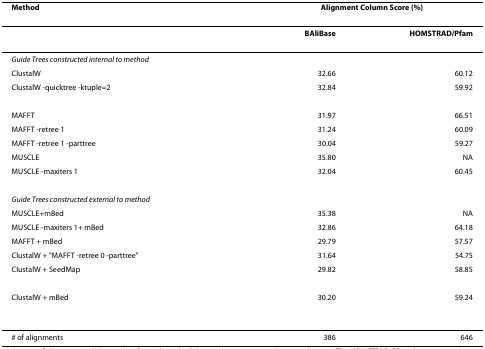
<table><thead><tr><td><b>Method</b></td><td colspan="2"><b>Alignment Column Score (%)</b></td></tr></thead><tbody><tr><td></td><td><b>BAliBase</b></td><td><b>HOMSTRAD/Pfam</b></td></tr><tr><td><i>Guide Trees constructed internal to method</i></td><td></td><td></td></tr><tr><td>ClustalW</td><td>32.66</td><td>60.12</td></tr><tr><td>ClustalW -quicktree -ktuple=2</td><td>32.84</td><td>59.92</td></tr><tr><td>MAFFT</td><td>31.97</td><td>66.51</td></tr><tr><td>MAFFT -retree 1</td><td>31.24</td><td>60.09</td></tr><tr><td>MAFFT -retree 1 -parttree</td><td>30.04</td><td>59.27</td></tr><tr><td>MUSCLE</td><td>35.80</td><td>NA</td></tr><tr><td>MUSCLE -maxiters 1</td><td>32.04</td><td>60.45</td></tr><tr><td><i>Guide Trees constructed external to method</i></td><td></td><td></td></tr><tr><td>MUSCLE+mBed</td><td>35.38</td><td>NA</td></tr><tr><td>MUSCLE -maxiters 1+ mBed</td><td>32.86</td><td>64.18</td></tr><tr><td>MAFFT + mBed</td><td>29.79</td><td>57.57</td></tr><tr><td>ClustalW + &quot;MAFFT -retree 0 -parttree&quot;</td><td>31.64</td><td>54.75</td></tr><tr><td>ClustalW + SeedMap</td><td>29.82</td><td>58.85</td></tr><tr><td>ClustalW + mBed</td><td>30.20</td><td>59.24</td></tr><tr><td># of alignments</td><td>386</td><td>646</td></tr></tbody></table>